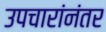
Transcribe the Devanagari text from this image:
उपचारांनंतर